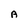
Character: A